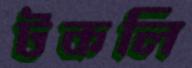
টকলি